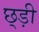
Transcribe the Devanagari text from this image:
छ्ड़ी